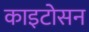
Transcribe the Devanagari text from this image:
काइटोसन